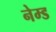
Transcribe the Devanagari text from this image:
नेम्‍ड